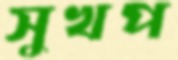
সুখপ